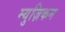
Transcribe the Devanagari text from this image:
म्युज़िकम